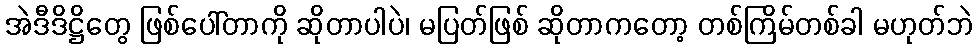
အဲဒီဒိဋ္ဌိတွေ ဖြစ်ပေါ်တာကို ဆိုတာပါပဲ၊ မပြတ်ဖြစ် ဆိုတာကတော့ တစ်ကြိမ်တစ်ခါ မဟုတ်ဘဲ